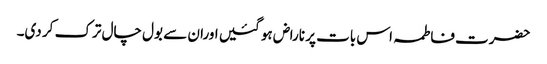
حضرت فاطمہ اس بات پر ناراض ہو گئیں اوران سے بول چال ترک کر دی۔